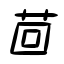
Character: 茴